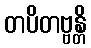
တပိတဗ္ဗန္တိ